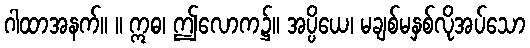
ဂါထာအနက်။ ။ ဣဓ၊ ဤလောက၌။ အပ္ပိယေ၊ မချစ်မနှစ်လိုအပ်သော